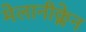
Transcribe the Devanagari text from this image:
मेलानीक्लेन